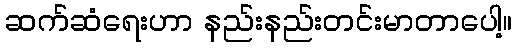
ဆက်ဆံရေးဟာ နည်းနည်းတင်းမာတာပေါ့။